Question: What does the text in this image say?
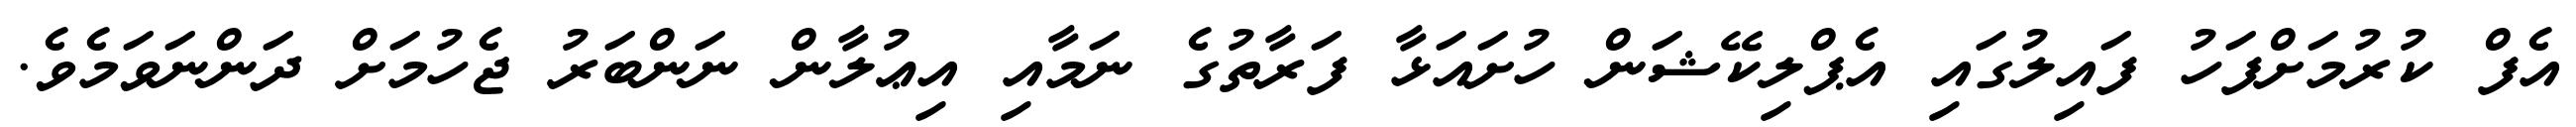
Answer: އެފް ކުރުމަށްފަހު ފައިލުގައި އެޕްލިކޭޝަން ހުށައަޅާ ފަރާތުގެ ނަމާއި އިޢުލާން ނަންބަރު ޖެހުމަށް ދަންނަވަމެވެ.